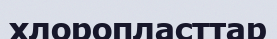
хлоропласттар